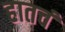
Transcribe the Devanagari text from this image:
हातचं